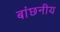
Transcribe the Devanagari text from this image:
बांछनीय